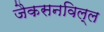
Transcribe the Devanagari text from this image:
जैकसनविल्ल